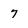
Character: 7